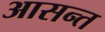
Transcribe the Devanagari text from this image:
आसन्त